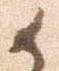
御